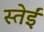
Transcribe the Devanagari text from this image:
स्तेईं